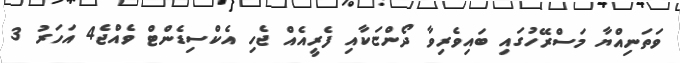
ވަތަނިއްޔާ މަސްރޭހުގައި ބައިވެރިވާ ދޯންޏަކާއި ފެރީއެއް ޖެހި އެކްސިޑެންޓް ވެއްޖެ4 އަހަރު 3